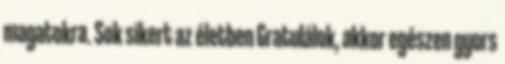
magatokra. Sok sikert az életben Gratulálok, akkor egészen gyors